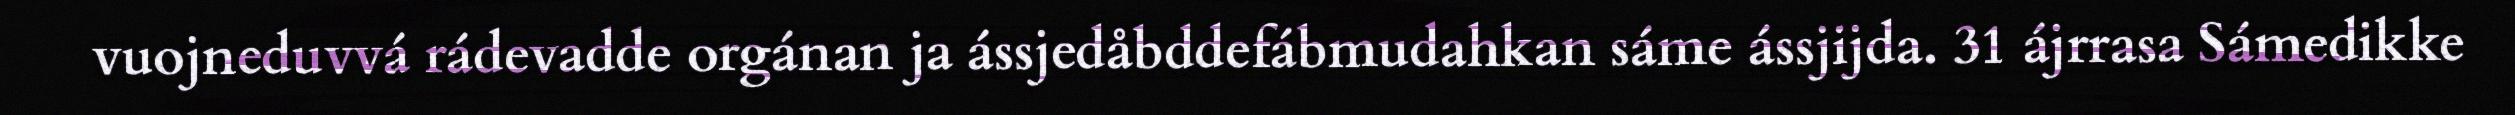
vuojneduvvá rádevadde orgánan ja ássjedåbddefábmudahkan sáme ássjijda. 31 ájrrasa Sámedikke